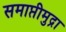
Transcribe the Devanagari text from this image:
समाप्तीमुद्रा